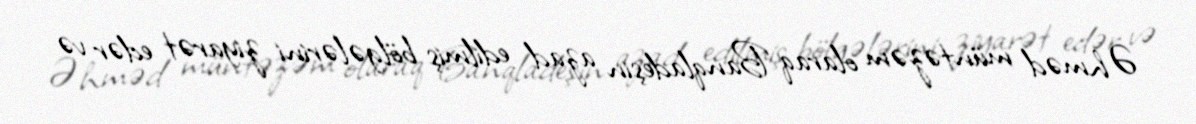
Əhməd müntəzəm olaraq Banqladeşin azad edilmiş bölgələrini ziyarət edər və